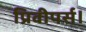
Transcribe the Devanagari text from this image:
प्रिवीपर्स।